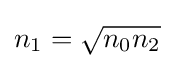
n_{1}={\sqrt {n_{0}n_{2}}}